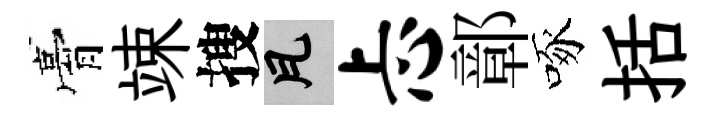
膏竦搜瓦忐鄣啄括